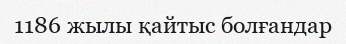
1186 жылы қайтыс болғандар